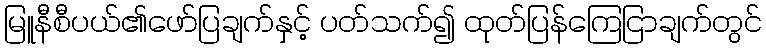
မြူနီစီပယ်၏ဖော်ပြချက်နှင့် ပတ်သက်၍ ထုတ်ပြန်ကြေငြာချက်တွင်